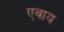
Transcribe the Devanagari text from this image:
एवाय